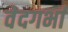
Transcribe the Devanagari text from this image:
वेदगर्भा